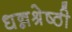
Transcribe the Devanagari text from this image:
धन्नश्रेष्ठी